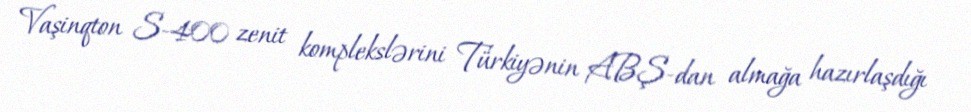
Vaşinqton S-400 zenit komplekslərini Türkiyənin ABŞ-dan almağa hazırlaşdığı